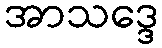
အာသဒ္ဒေ